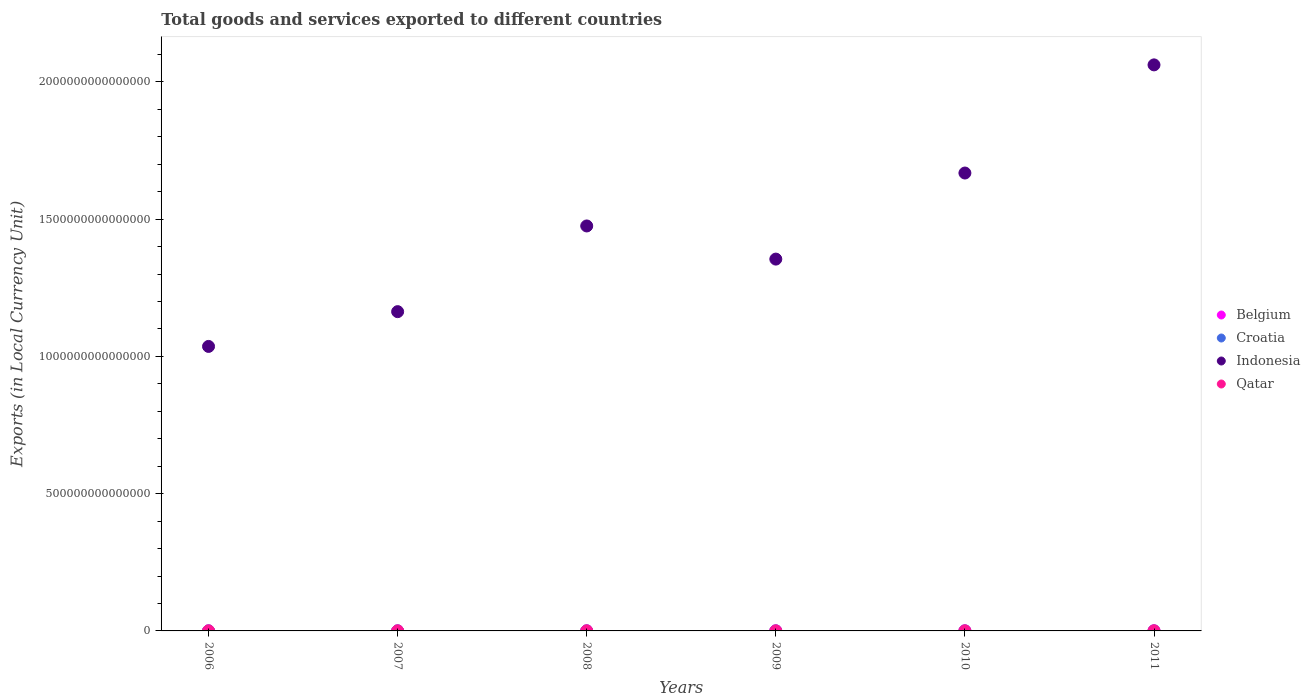
| Years | Belgium | Croatia | Indonesia | Qatar |
 | --- | --- | --- | --- | --- |
 | 2006 | 2.47e+11 | 1.17e+11 | 1.04e+15 | 1.39e+11 |
 | 2007 | 2.67e+11 | 1.26e+11 | 1.16e+15 | 1.75e+11 |
 | 2008 | 2.82e+11 | 1.34e+11 | 1.48e+15 | 2.57e+11 |
 | 2009 | 2.42e+11 | 1.14e+11 | 1.35e+15 | 1.82e+11 |
 | 2010 | 2.79e+11 | 1.24e+11 | 1.67e+15 | 2.84e+11 |
 | 2011 | 3.09e+11 | 1.34e+11 | 2.06e+15 | 4.43e+11 |